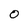
Character: 0